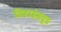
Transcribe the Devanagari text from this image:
बिहाइंडवूड